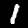
Digit: 1